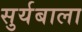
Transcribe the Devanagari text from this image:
सुर्यबाला